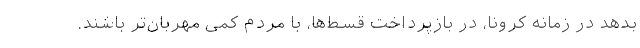
بدهد در زمانه کرونا، در بازپرداخت قسط‌ها، با مردم کمی مهربان‌تر باشند.